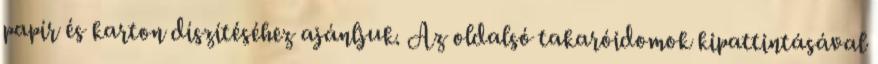
papír és karton díszítéséhez ajánljuk. Az oldalsó takaróidomok kipattintásával